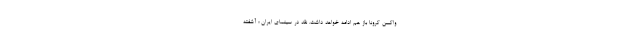
واکسن کرونا باز هم ادامه خواهد داشت. نقد در سینمای ایران ؛ آشفته